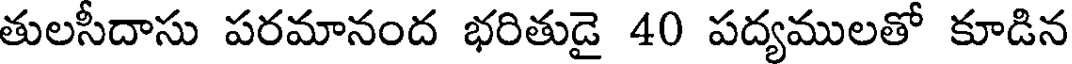
తులసీదాసు పరమానంద భరితుడై 40 పద్యములతో కూడిన